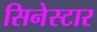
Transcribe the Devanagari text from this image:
सिनेस्टार